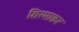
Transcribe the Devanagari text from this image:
शिरमाकर